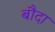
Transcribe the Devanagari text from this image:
बौदा